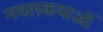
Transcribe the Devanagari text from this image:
नवलकथाओं